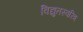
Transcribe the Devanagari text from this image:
विद्युतस्वरित्र